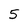
Character: 5